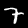
Digit: 7